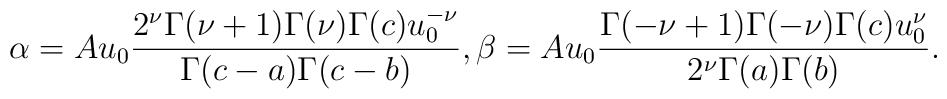
\alpha = A u_0{{ 2^\nu \Gamma(\nu+1) \Gamma(\nu)\Gamma(c) u_0^{-\nu}} \over   {\Gamma(c-a) \Gamma(c-b)}},\beta = A u_0{{ \Gamma(-\nu+1)\Gamma(-\nu)\Gamma(c) u_0^{\nu}} \over   {2^\nu \Gamma(a) \Gamma(b)}}.